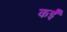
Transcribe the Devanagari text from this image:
कईँ